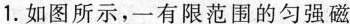
1.如图所示，一有限范围的匀强磁